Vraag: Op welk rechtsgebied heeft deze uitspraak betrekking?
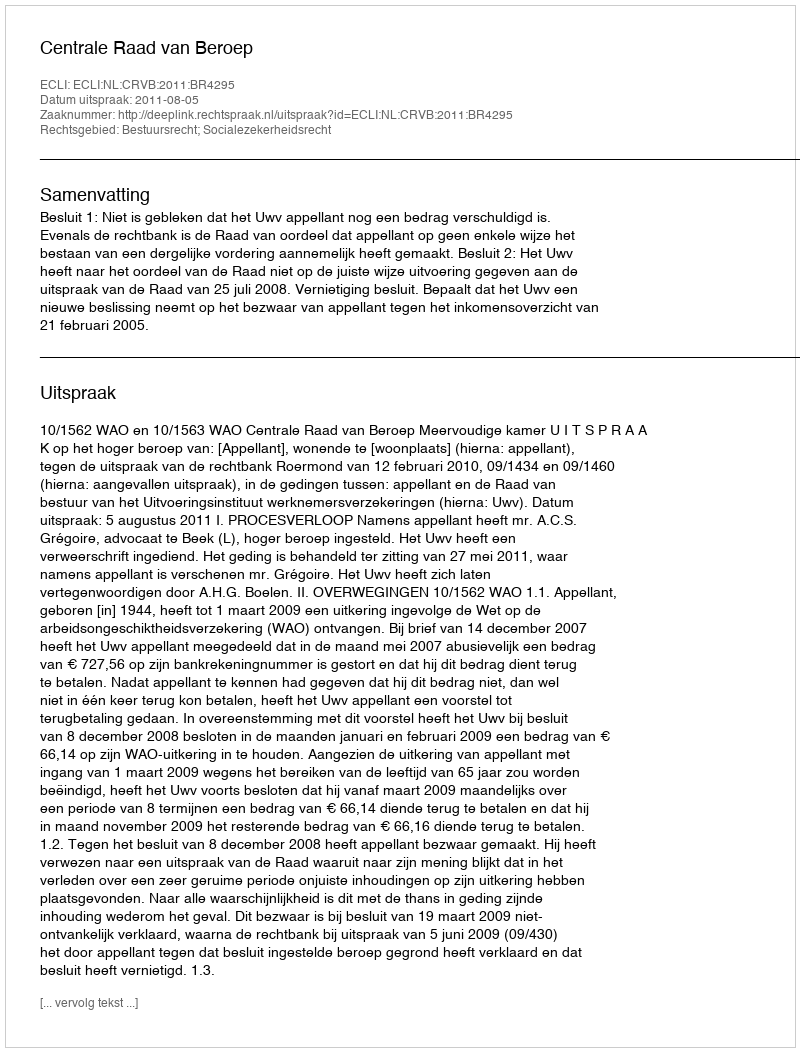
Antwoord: Bestuursrecht; Socialezekerheidsrecht